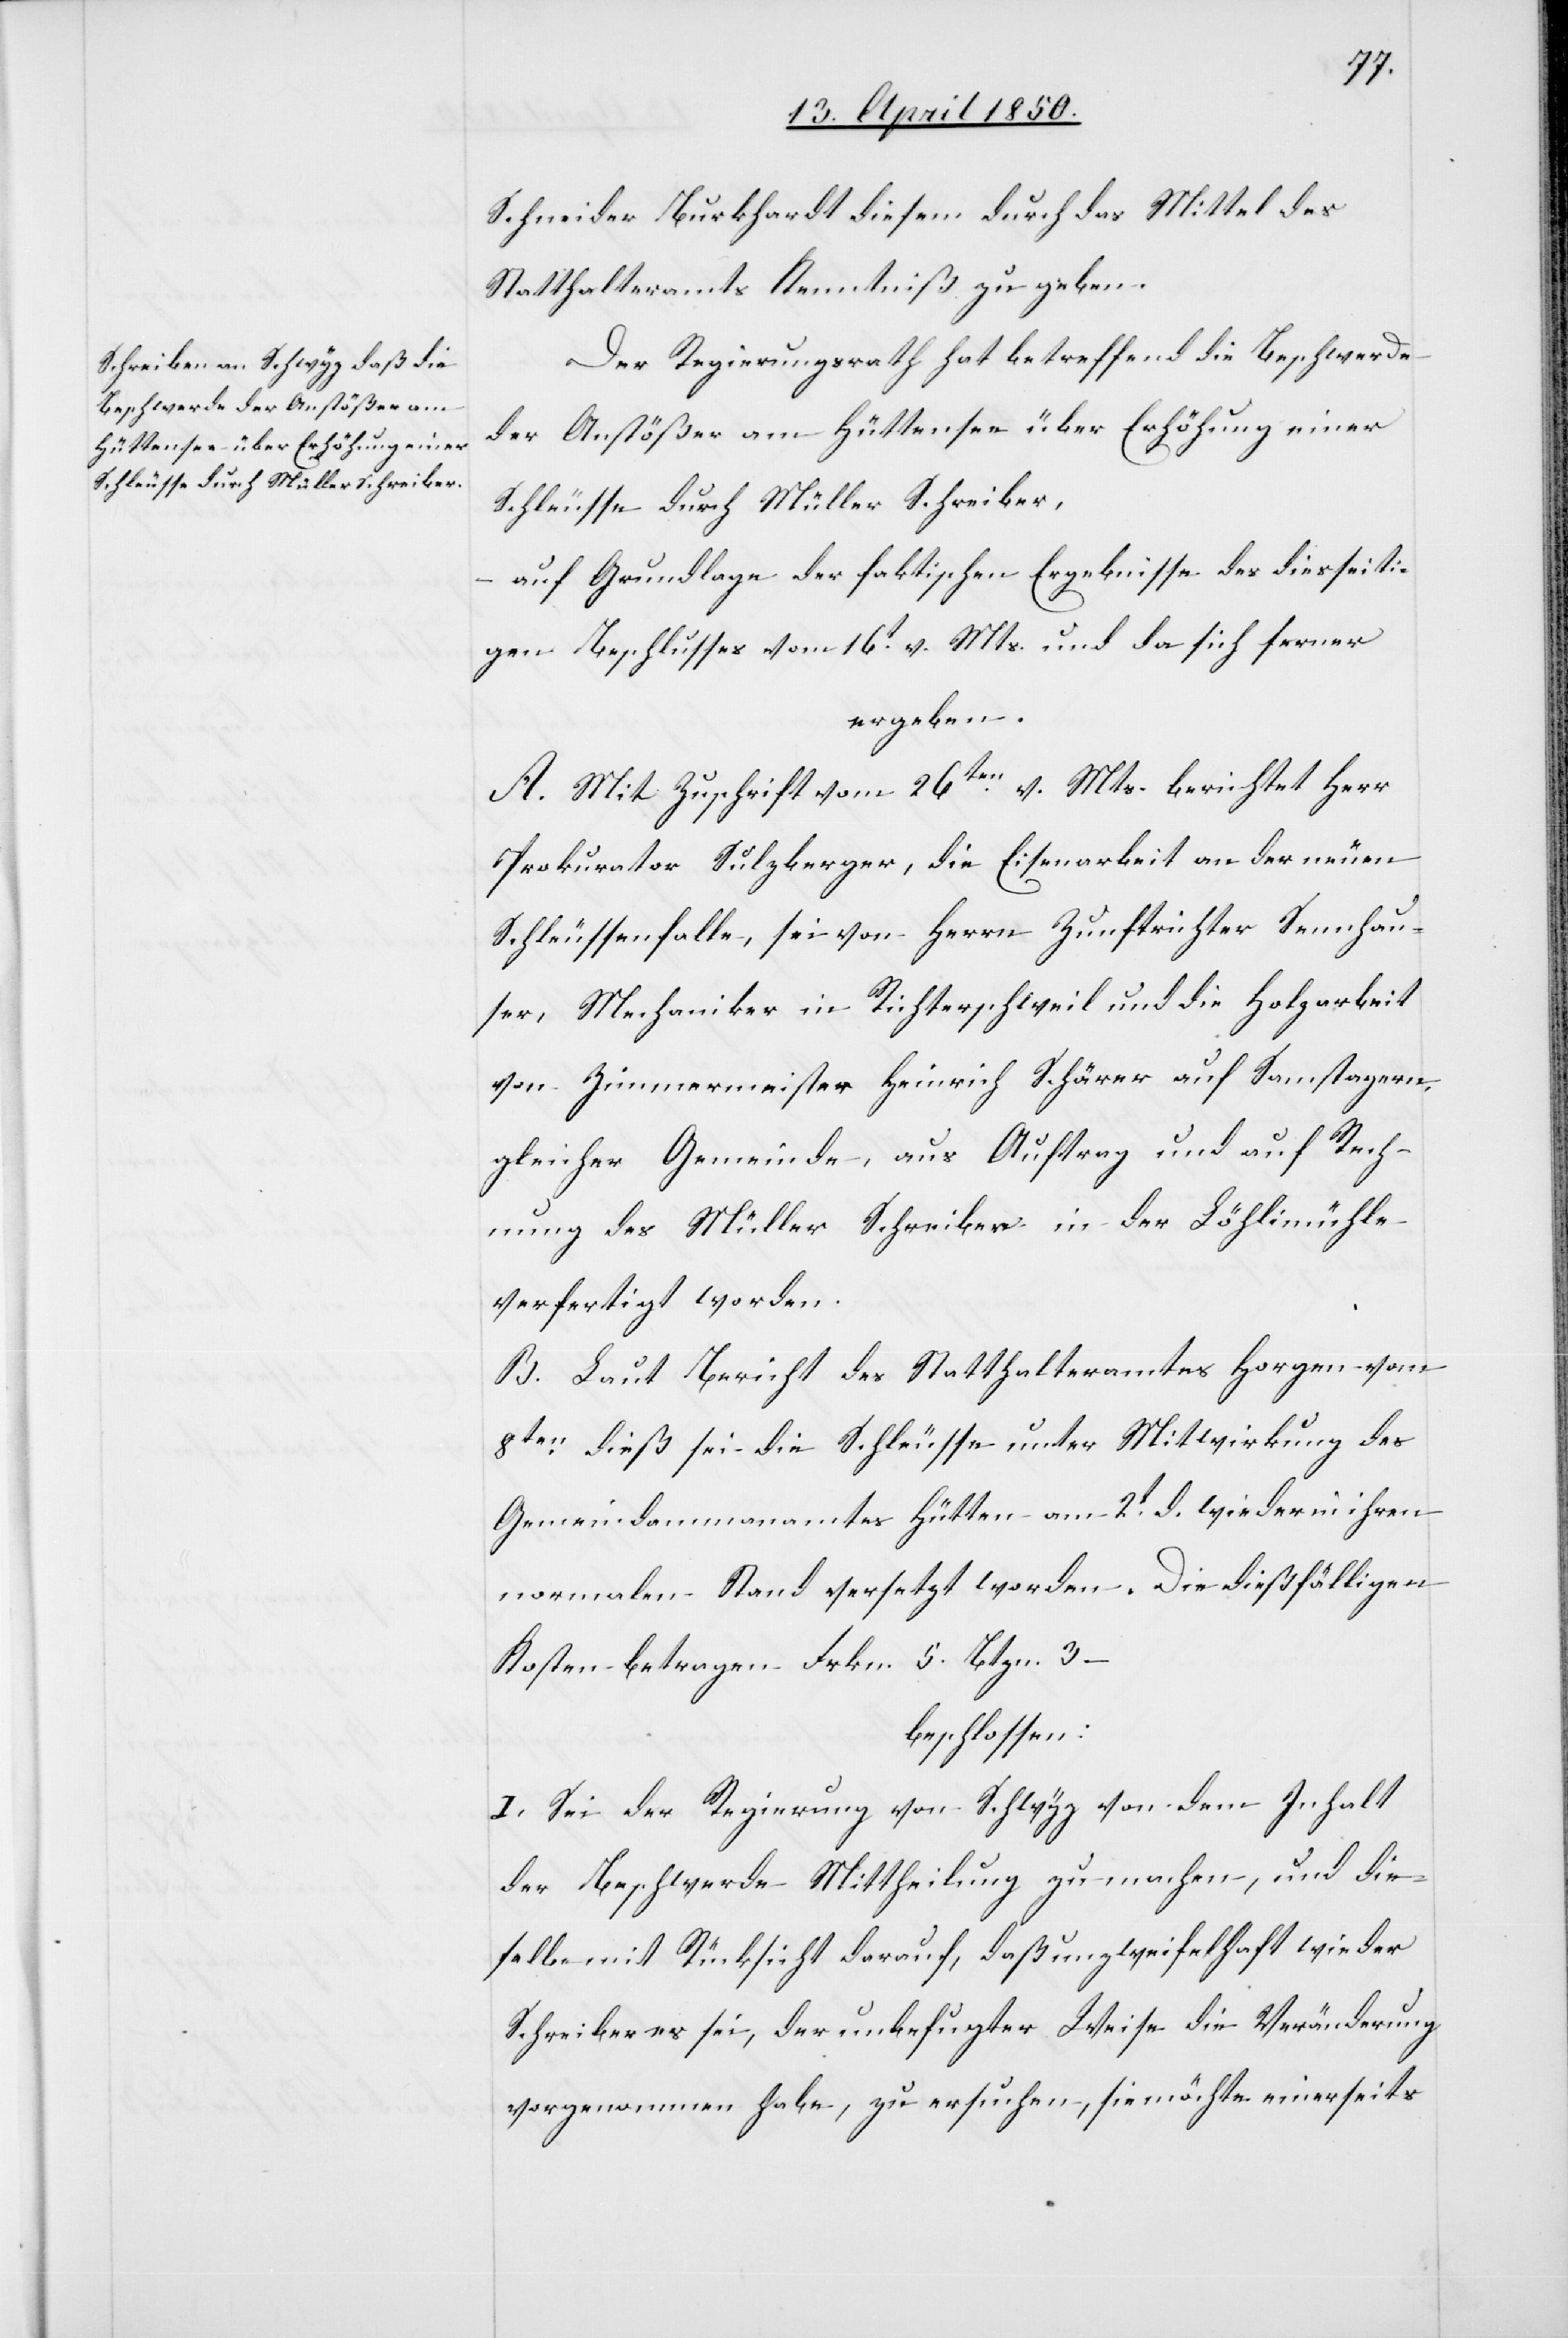
Schneider Burkhardt diesem durch das Mittel des
Statthalteramts Kenntniß zu geben.
Der Regierungsrath hat betreffend die Beschwerde
der Anstößer am Hüttensee über Erhöhung einer
Schleusse durch Müller Schreiber,
auf Grundlage der faktischen Ergebnisse des diesseiti¬
gen Beschlusses vom 16t v. Mts. und da sich ferner
ergeben.
A. Mit Zuschrift vom 26ten v. Mts. berichtet Herr
Prokurator Sulzberger, die Eisenarbeit an der neuen
Schleussenfalle, sei von Herrn Zunftrichter Sennhau¬
ser, Mechaniker in Richterschweil und die Holzarbeit
von Zimmermeister Heinrich Schärer auf Samstagern
gleicher Gemeinde, aus Auftrag und auf Rech¬
nung des Müller Schreiber in der Löhlimühle
verfertigt worden.
B. Laut Bericht des Statthalteramtes Horgen vom
8ten dieß sei die Schleusse unter Mitwirkung des
Gemeindammanamtes Hütten am 2t d. wieder in ihren
normalen Stand versetzt worden. Die dießfälligen
Kosten betragen Frkn. 5. Btzn. 3 –
beschlossen:
I. Sei der Regierung von Schwyz von dem Inhalt
der Beschwerde Mittheilung zu machen, und die¬
selbe mit Rücksicht darauf, daß unzweifelhaft wieder
Schreiber es sei, der unbefugter Weise die Veränderung
vorgenommen habe, zu ersuchen, sie möchte einerseits